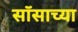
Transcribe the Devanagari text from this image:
सॉसाच्या